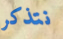
نتذكر